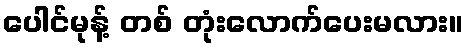
ပေါင်မုန့် တစ် တုံးလောက်ပေးမလား။